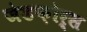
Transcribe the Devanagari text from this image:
जेडफ़ोर्स